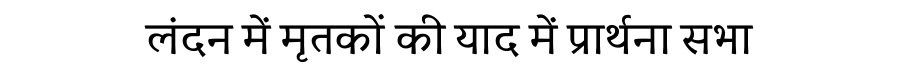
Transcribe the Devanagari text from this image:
लंदन में मृतकों की याद में प्रार्थना सभा